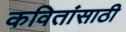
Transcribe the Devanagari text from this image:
कवितांसाठी